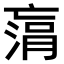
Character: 𠅻